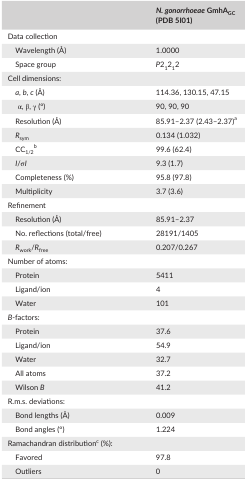
|  | N. gonorrhoeae GmhAGC (PDB 5I01) |
 | --- | --- |
 | <COLSPAN=2> Data collection |
 | Wavelength (Å) | 1.0000 |
 | Space group | P21212 |
 | <COLSPAN=2> Cell dimensions: |
 | a, b, c (Å) | 114.36, 130.15, 47.15 |
 | α, β, γ (°) | 90, 90, 90 |
 | Resolution (Å) | 85.91–2.37 (2.43–2.37)a |
 | Rsym | 0.134 (1.032) |
 | CC1/2b | 99.6 (62.4) |
 | I/σI | 9.3 (1.7) |
 | Completeness (%) | 95.8 (97.8) |
 | Multiplicity | 3.7 (3.6) |
 | <COLSPAN=2> Refinement |
 | Resolution (Å) | 85.91–2.37 |
 | No. reflections (total/free) | 28191/1405 |
 | Rwork/Rfree | 0.207/0.267 |
 | <COLSPAN=2> Number of atoms: |
 | Protein | 5411 |
 | Ligand/ion | 4 |
 | Water | 101 |
 | <COLSPAN=2> B‐factors: |
 | Protein | 37.6 |
 | Ligand/ion | 54.9 |
 | Water | 32.7 |
 | All atoms | 37.2 |
 | Wilson B | 41.2 |
 | <COLSPAN=2> R.m.s. deviations: |
 | Bond lengths (Å) | 0.009 |
 | Bond angles (°) | 1.224 |
 | <COLSPAN=2> Ramachandran distributionc (%): |
 | Favored | 97.8 |
 | Outliers | 0 |